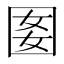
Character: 𡇔